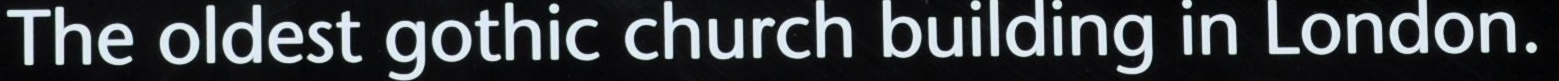
The oldest gothic church building in London.